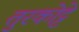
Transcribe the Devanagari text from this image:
तुरकोट्टे